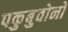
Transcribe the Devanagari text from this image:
पकुबुवोनो